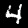
Label: 4